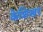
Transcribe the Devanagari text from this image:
केशिखर